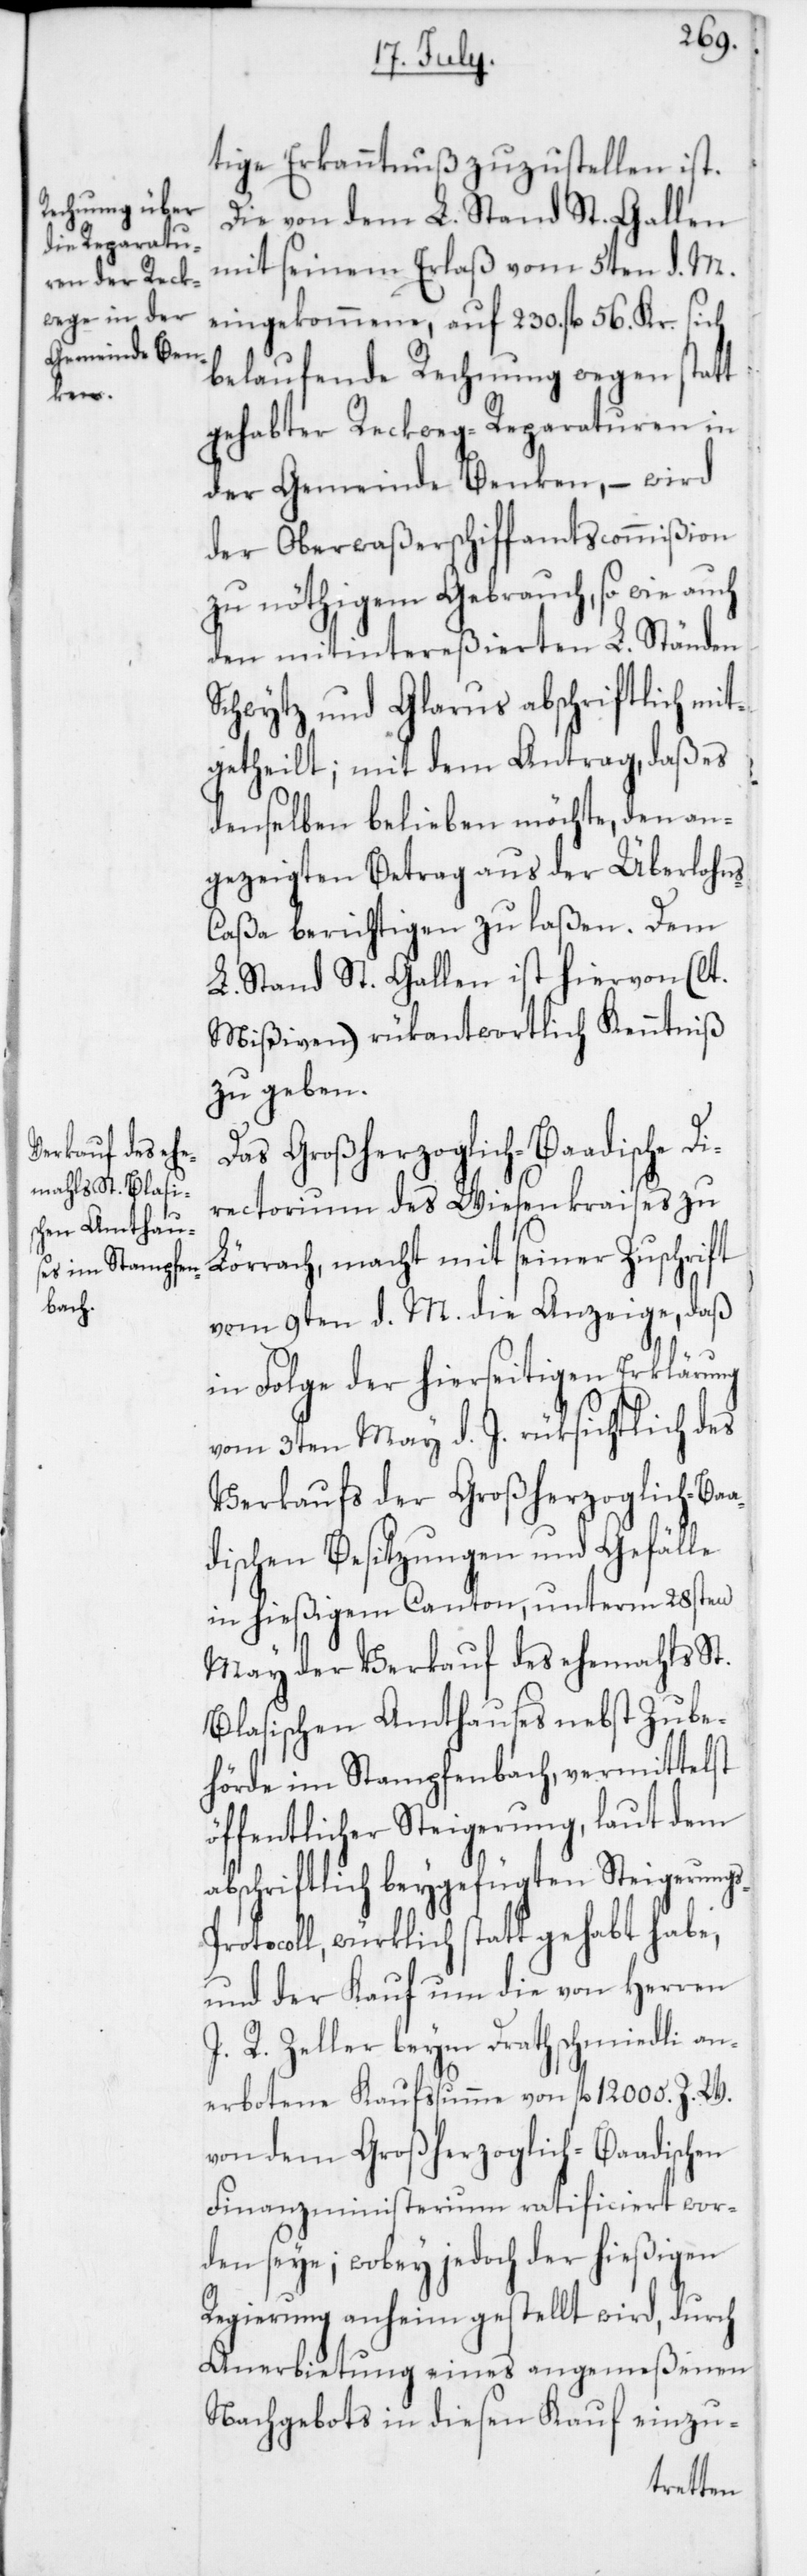
s-P¬

tige Erkanntnuß zuzustellen ist.
Die von dem L. Stand St. Gallen
mit seinem Erlaß vom 5ten d. M.
eingekommene, auf 230. fl. 56. Kr. sich
belaufende Rechnung wegen statt
gehabter Reckweg-Reparaturen in
der Gemeinde Benken, – wird
der Oberwaßerschiffamtscommißion
zu nöthigem Gebrauch, so wie auch
den mitintereßierten L. Ständen
Schwytz und Glarus abschriftlich mit¬
getheilt; mit dem Antrag, daß es
denselben belieben möchte, den an¬
gezeigten Betrag aus der Überlohn¬
s-Caßa berichtigen zu laßen. Dem
L. Stand St. Gallen ist hiervon (lt.
Mißiven) rükantwortlich Kenntniß
zu geben.
Das Großherzoglich-Baadische Di¬
rectorium des Wiesenkraises zu
Lörrach, macht mit seiner Zuschrift
vom 9ten d. M. die Anzeige, daß
in Folge der hierseitigen Erklärung
vom 3ten May d. J. rüksichtlich des
Verkaufs der Großherzoglich-Baa¬
dischen Besitzungen und Gefälle
in hießigem Canton, unterm 28sten
May der Verkauf des ehemahls St.
Blasischen Amtshauses nebst Zube¬
hörde im Stampfenbach, vermittelst
öffentlicher Steigerung, laut dem
abschriftlich beygefügten Steigerung¬
rotocoll, würklich stattgehabt habe,
und der Kauf um die von Herren
J. R. Zeller beym Drathschmiedli an¬
erbotene Kaufssumme von fl. 12 000 Z. W.
von dem Großherzoglich-Baadischen
Finanzministerium ratificiert wor¬
den seye; wobey jedoch der hießigen
Regierung anheim gestellt wird, durch
Anerbietung eines angemeßenen
Nachgebots in diesen Kauf einzu-